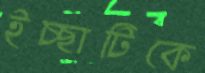
ইচ্ছাটিকে